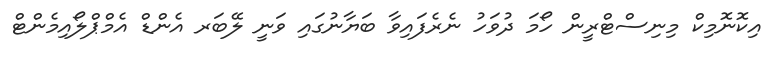
އިކޮނޮމިކް މިނިސްޓްރީން ހޯމަ ދުވަހު ނެރެފައިވާ ބަޔާނުގައި ވަނީ ލޭބަރ އެންޑް އެމްޕްލޯއިމެންޓް